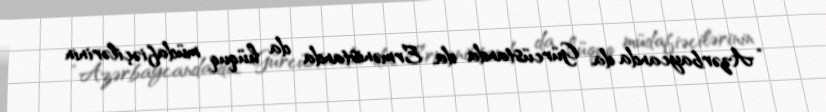
“Azərbaycanda da, Gürcüstanda da, Ermənistanda da hüquq müdafiəçilərinin